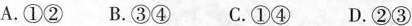
A.①② B.③④ C.①④ D.②③